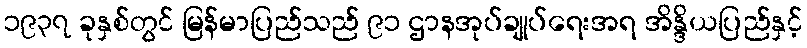
၁၉၃၇ ခုနှစ်တွင် မြန်မာပြည်သည် ၉၁ ဌာနအုပ်ချုပ်ရေးအရ အိန္ဒိယပြည်နှင့်